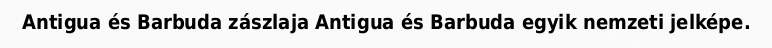
Antigua és Barbuda zászlaja Antigua és Barbuda egyik nemzeti jelképe.